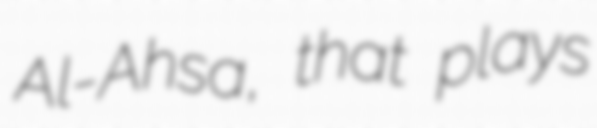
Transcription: Al-Ahsa, that plays